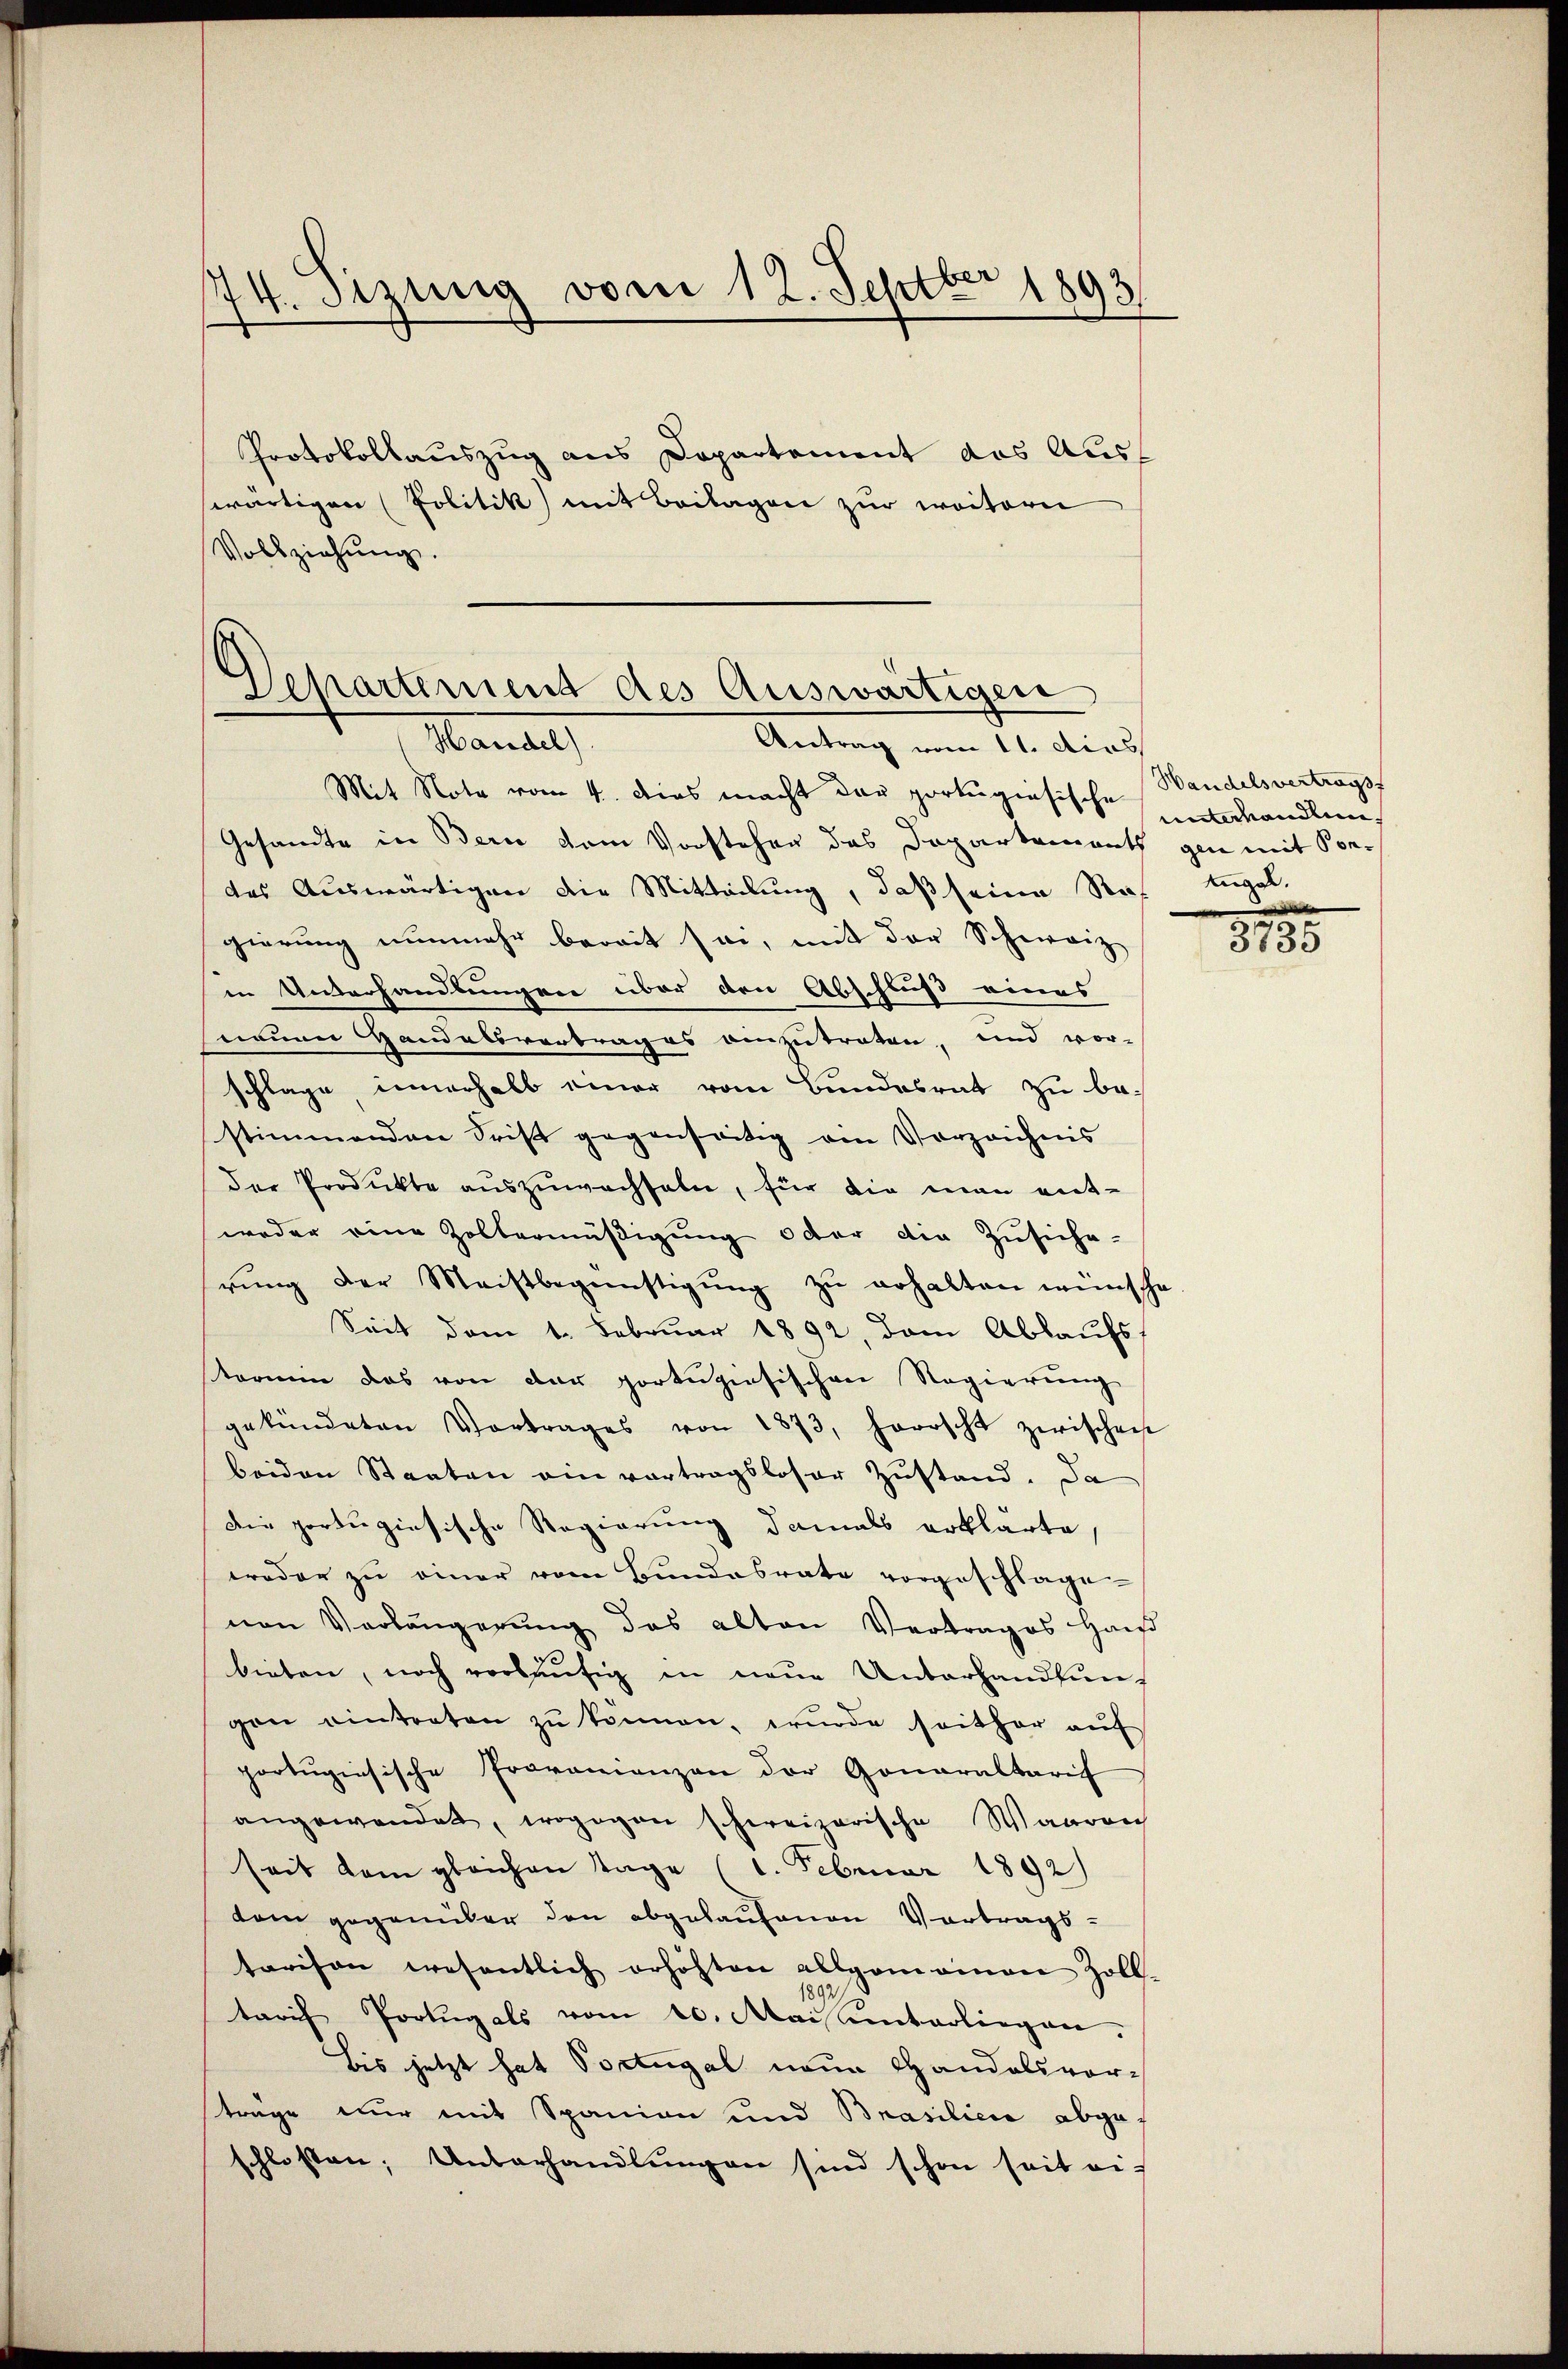
I
74. Sitzung vom 12. Sept. 1893

Protokollauszug aus Departement das Ausswärtigen (Politik mit Beilagen zur weitern
Vollziehung.

Departiment des Auswärtigen
Mandel
Antrag vom 11. dies

Mit Note vom 4. dies macht der portugisische
Gesandte in Bern vom Vorsteher das Departement gen mit Vordes Auswärtigen die Mitteilung, daß seine Rat Engel.
gierung nunmehr bereit sei, mit der Schweiz
in Unterhandlungen über den Abschluß eines
neuen Handelsvertrages einzutraten, und vor-
schlage, innerhalb einer vom Bundesrat zu be-
stimmenden Frist gegenseitig ein Vorzeichnis
der Produkte auszuwachseln, für die man entweder eine Zoltermäßigung oder die Zusiche-
rŭng der Meistbegünstigŭng zŭ erhalten wünsche
Seit dem 1. Februar 1892, dem Ablaufs-
termin das von der portugisischen Regierŭng
gekündeten Vortrages von 1873, herrscht zwischen
beiden Staaten ein vortragsloser Zustand. Da
Die portugiesische Regierung damals erklärte,
weder zu einer vom Bundesrate vorgeschlage-
von Verlängerŭng des alten Vertrages Han
bieten, noch vorläŭfig in neŭe Unterhandlŭn-
gen eintreten zŭ können, wurde seither aŭf
portugisische Provanienzen der Gonaraltarif
angewendet, wogegen schweizerische Waaren
seit dem gleichen Tage (1. Februar 1892)
dom gegenüber den abgelaufenen Vortrags-
tarison wesentlich erhöhten allgemeinen Zoll-
18.
tarif Portugals vom 10. Mai unterliegen.
Bis jetzt hat Portugal neue Handelsvorträge nur mit Spanien und Brasilien abgeschlossen, Unterhandlŭngen sind schon seit ei-

Handelsvertragsf
unterhandlund

3735